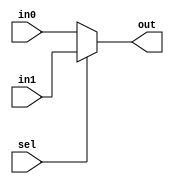
`timescale 1ns/1ps
module mux_11b (in0, in1, sel, out);
	
	input [10:0] in0, in1;
	input sel;
	output [10:0] out;

assign out = (sel) ? in1 : in0;

endmodule